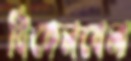
বিকেলবেলা